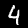
Label: 4